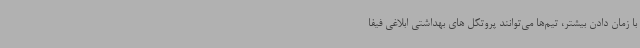
با زمان دادن بیشتر، تیم‌ها می‌توانند پروتکل های بهداشتی ابلاغی فیفا